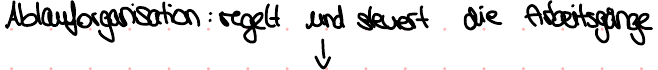
Ablauforganisation : regel und steuert die Arbeitsgänge